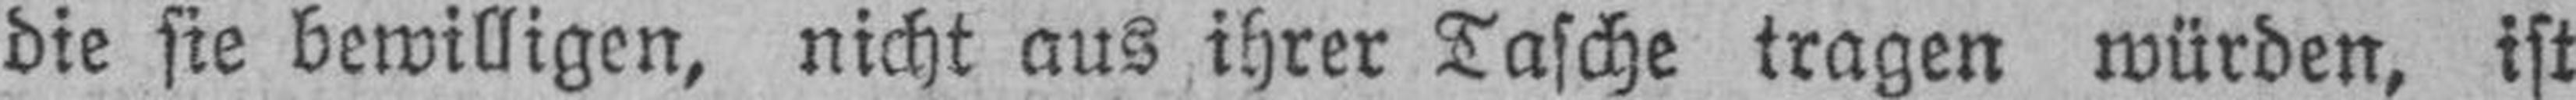
die sie bewilligen, nicht aus ihrer Tasche tragen würden, ist